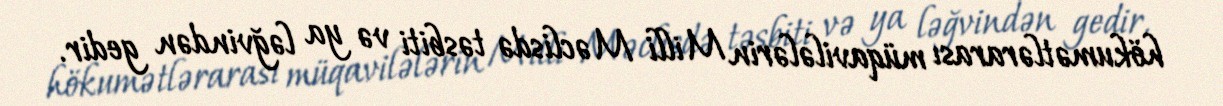
hökumətlərarası müqavilələrin Milli Məclisdə təsbiti və ya ləğvindən gedir.